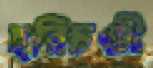
হরিচণ্ডী